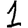
Digit: 1